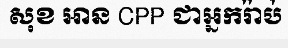
សុខ អាន CPP ជាអ្នករ៉ាប់